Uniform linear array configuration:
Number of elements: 4
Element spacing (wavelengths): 0.5
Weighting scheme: hann
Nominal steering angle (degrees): -45
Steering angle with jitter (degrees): -43.66
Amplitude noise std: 0.05
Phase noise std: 0.05

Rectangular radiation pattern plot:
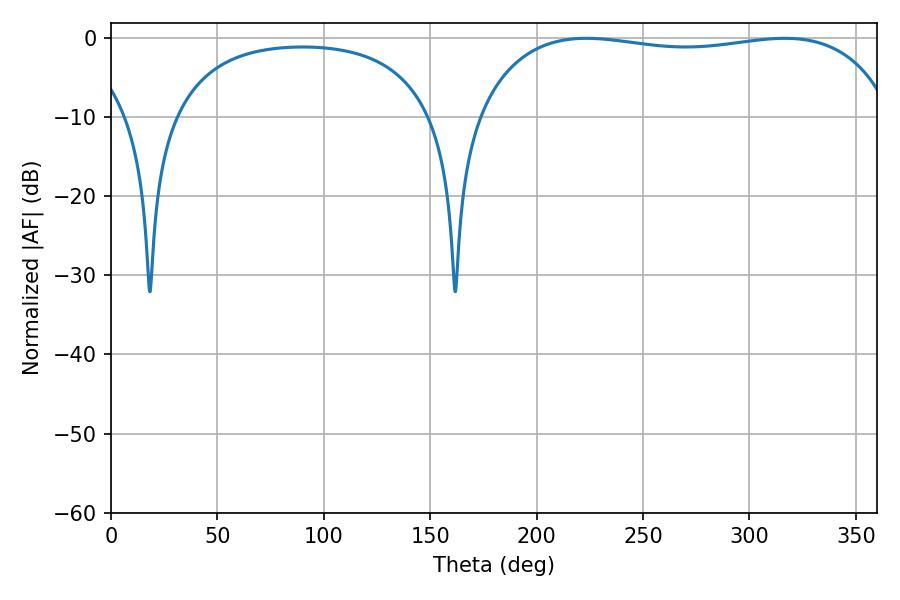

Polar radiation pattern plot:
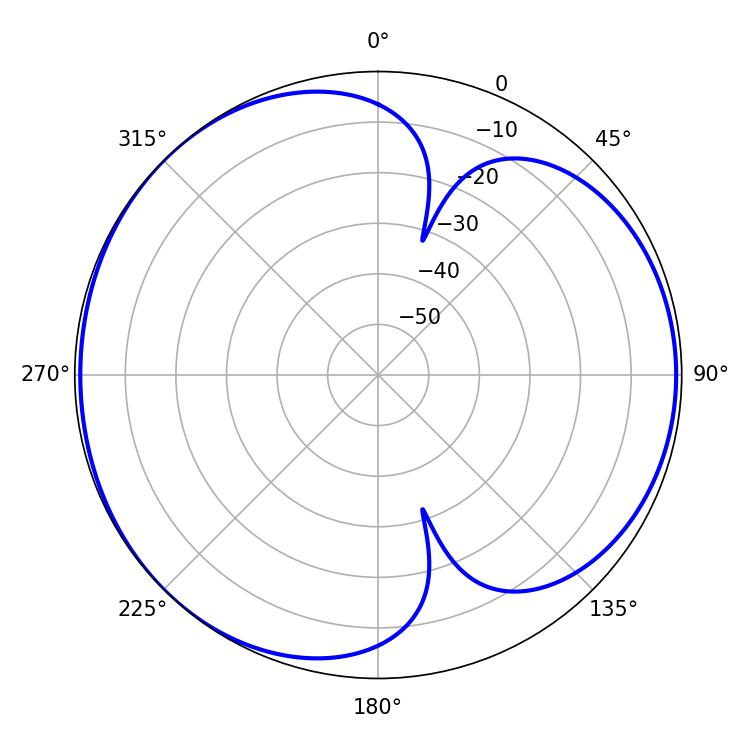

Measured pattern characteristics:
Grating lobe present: FALSE
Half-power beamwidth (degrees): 158.4
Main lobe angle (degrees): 223.38